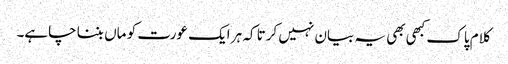
کلام پاک کبھی بھی یہ بیان نہیں کرتا کہ ہر ایک عورت کو ماں بننا چاہے۔